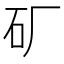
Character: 𬑹